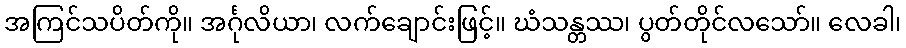
အကြင်သပိတ်ကို။ အင်္ဂုလိယာ၊ လက်ချောင်းဖြင့်။ ဃံသန္တဿ၊ ပွတ်တိုင်လသော်။ လေခါ၊